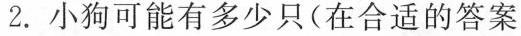
2.小狗可能有多少只(在合适的答案